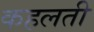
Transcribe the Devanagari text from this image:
कहलती